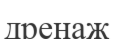
дренаж